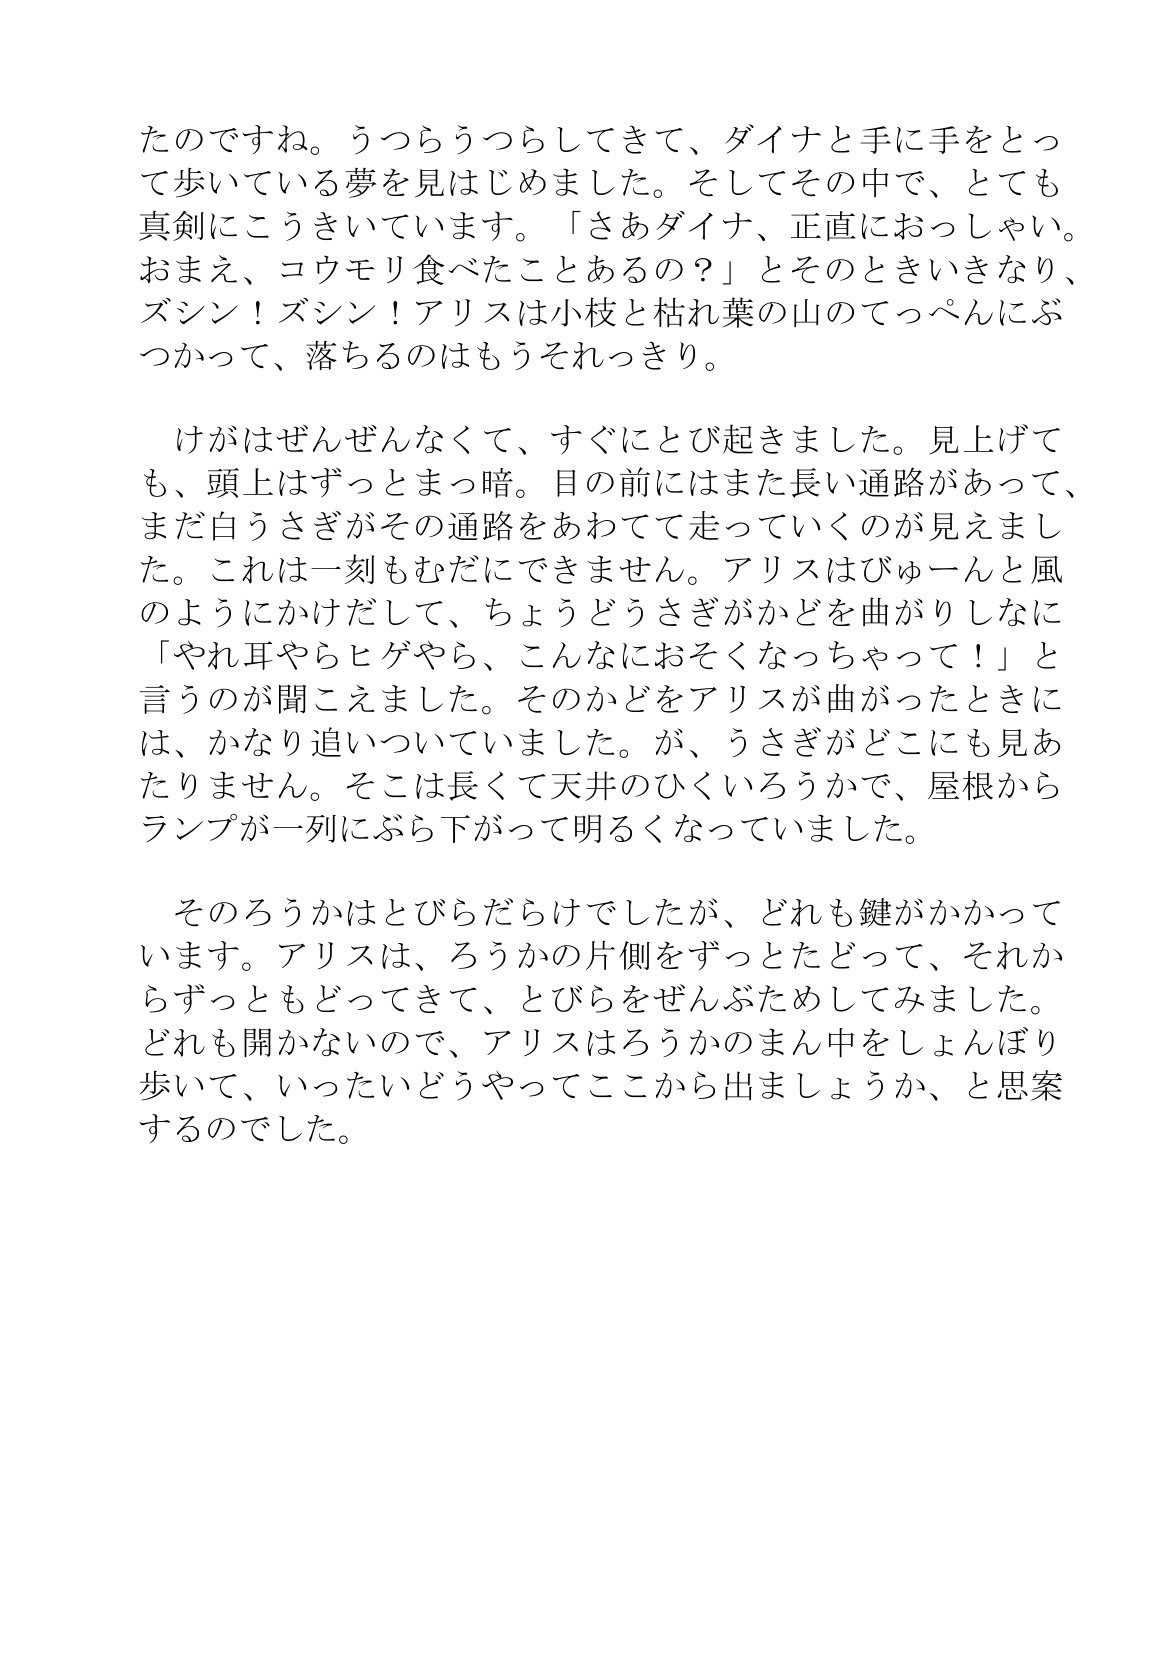
Language: ja